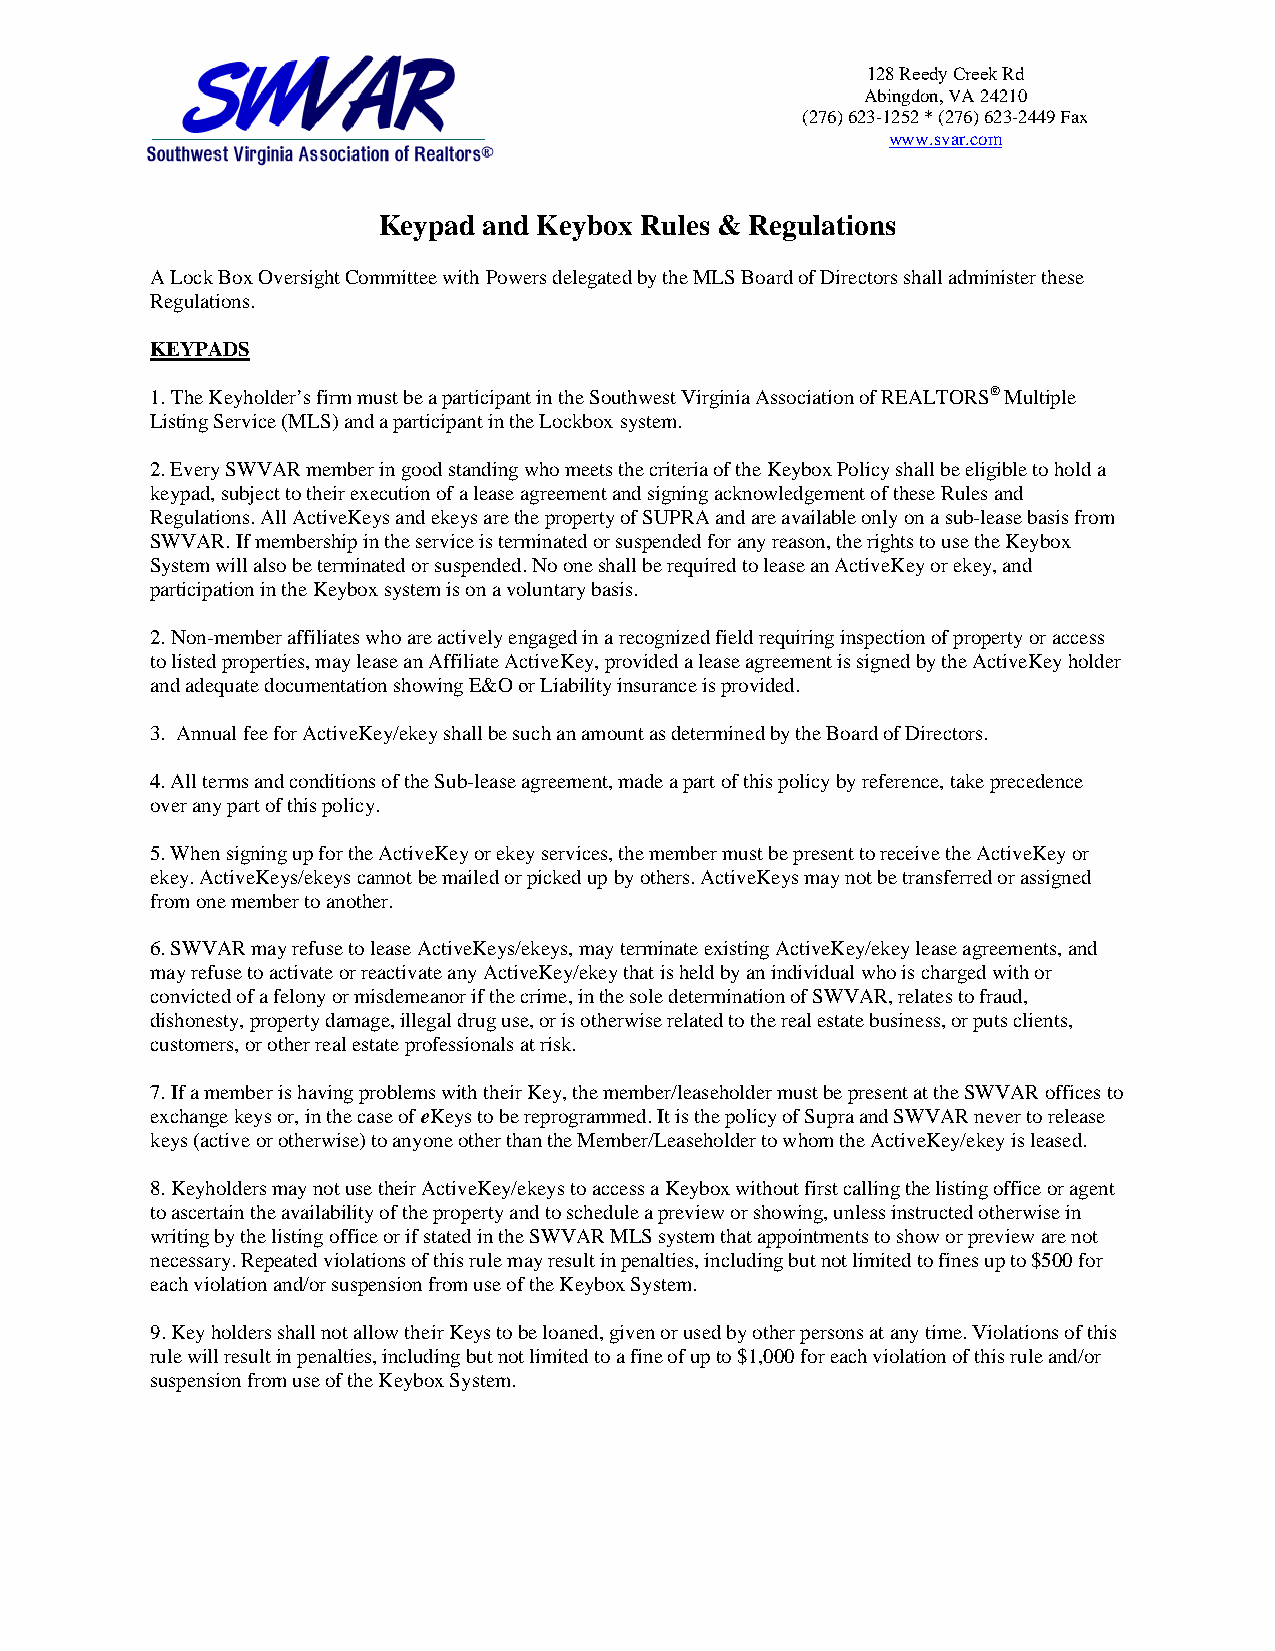
128 Reedy Creek Rd
 Abingdon, VA 24210
 (276) 623-1252 * (276) 623-2449 Fax
 www.svar.com
 Keypad and Keybox Rules & Regulations
 A Lock Box Oversight Committee with Powers delegated by the MLS Board of Directors shall administer these
 Regulations.
 KEYPADS
 1.The Keyholder’s firm must be a participant in the Southwest Virginia Association of REALTORS® Multiple
 Listing Service (MLS) and a participant in the Lockbox system.
 2.Every SWVAR member in good standing who meets the criteria of the Keybox Policy shall be eligible to hold a
 keypad, subject to their execution of a lease agreement and signing acknowledgement of these Rules and
 Regulations. All ActiveKeys and ekeys are the property of SUPRA and are available only on a sub-lease basis from
 SWVAR. If membership in the service is terminated or suspended for any reason, the rights to use the Keybox
 System will also be terminated or suspended. No one shall be required to lease an ActiveKey or ekey, and
 participation in the Keybox system is on a voluntary basis.
 2.Non-member affiliates who are actively engaged in a recognized field requiring inspection of property or access
 to listed properties, may lease an Affiliate ActiveKey, provided a lease agreement is signed by the ActiveKey holder
 and adequate documentation showing E&O or Liability insurance is provided.
 3. Annual fee for ActiveKey/ekey shall be such an amount as determined by the Board of Directors.
 4.All terms and conditions of the Sub-lease agreement, made a part of this policy by reference, take precedence
 over any part of this policy.
 5.When signing up for the ActiveKey or ekey services, the member must be present to receive the ActiveKey or
 ekey. ActiveKeys/ekeys cannot be mailed or picked up by others. ActiveKeys may not be transferred or assigned
 from one member to another.
 6.SWVAR may refuse to lease ActiveKeys/ekeys, may terminate existing ActiveKey/ekey lease agreements, and
 may refuse to activate or reactivate any ActiveKey/ekey that is held by an individual who is charged with or
 convicted of a felony or misdemeanor if the crime, in the sole determination of SWVAR, relates to fraud,
 dishonesty, property damage, illegal drug use, or is otherwise related to the real estate business, or puts clients,
 customers, or other real estate professionals at risk.
 7.If a member is having problems with their Key, the member/leaseholder must be present at the SWVAR offices to
 exchange keys or, in the case of eKeys to be reprogrammed. It is the policy of Supra and SWVAR never to release
 keys (active or otherwise) to anyone other than the Member/Leaseholder to whom the ActiveKey/ekey is leased.
 8.Keyholders may not use their ActiveKey/ekeys to access a Keybox without first calling the listing office or agent
 to ascertain the availability of the property and to schedule a preview or showing, unless instructed otherwise in
 writing by the listing office or if stated in the SWVAR MLS system that appointments to show or preview are not
 necessary. Repeated violations of this rule may result in penalties, including but not limited to fines up to $500 for
 each violation and/or suspension from use of the Keybox System.
 9.Key holders shall not allow their Keys to be loaned, given or used by other persons at any time. Violations of this
 rule will result in penalties, including but not limited to a fine of up to $1,000 for each violation of this rule and/or
 suspension from use of the Keybox System.